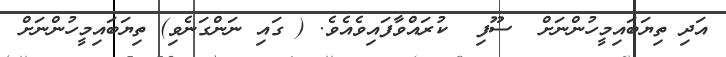
އަދި ތިޔަބައިމީހުންނަށް  ސޫފި  ކުރައްވާފައިވެއެވެ. ( ގައި ނަންގަނެވި) ތިޔަބައިމީހުންނަށް